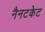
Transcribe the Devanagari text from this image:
नैनटकेट